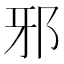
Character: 邪